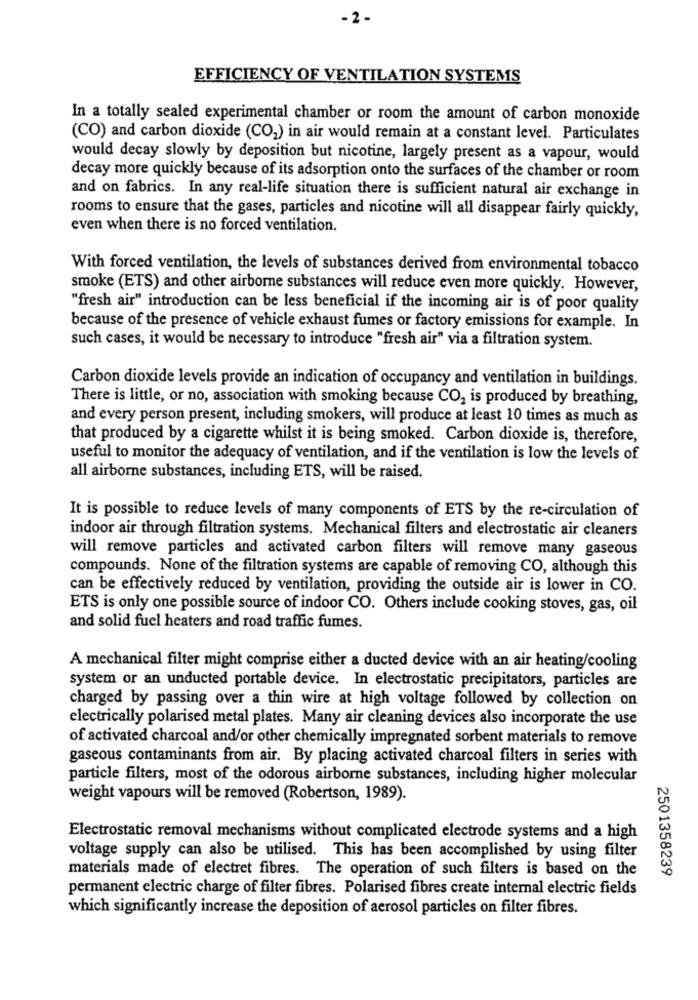
-2-
EFFICIENCY OF VENTILATION SYSTEMS
In a totally sealed experimental chamber or room the amount of carbon monoxide
(CO) and carbon dioxide (CO2) in air would remain at a constant level. Particulates
would decay slowly by deposition but nicotine, largely present as a vapour, would
decay more quickly because of its adsorption onto the surfaces of the chamber or room
and on fabrics. In any real-life situation there is sufficient natural air exchange in
rooms to ensure that the gases, particles and nicotine will all disappear fairly quickly,
even when there is no forced ventilation.
With forced ventilation, the levels of substances derived from environmental tobacco
smoke (ETS) and other airborne substances will reduce even more quickly. However,
"fresh air" introduction can be less beneficial if the incoming air is of poor quality
because of the presence of vehicle exhaust fumes or factory emissions for example. In
such cases, it would be necessary to introduce "fresh air" via a filtration system.
Carbon dioxide levels provide an indication of occupancy and ventilation in buildings.
There is little, or no, association with smoking because CO2 is produced by breathing,
and every person present, including smokers, will produce at least 10 times as much as
that produced by a cigarette whilst it is being smoked. Carbon dioxide is, therefore,
useful to monitor the adequacy of ventilation, and if the ventilation is low the levels of
all airborne substances, including ETS, will be raised.
It is possible to reduce levels of many components of ETS by the re-circulation of
indoor air through filtration systems. Mechanical filters and electrostatic air cleaners
will remove particles and activated carbon filters will remove many gaseous
compounds. None of the filtration systems are capable of removing CO, although this
can be effectively reduced by ventilation, providing the outside air is lower in CO.
ETS is only one possible source of indoor CO. Others include cooking stoves, gas, oil
and solid fuel heaters and road traffic fumes.
A mechanical filter might comprise either a ducted device with an air heating/cooling
system or an unducted portable device. In electrostatic precipitators, particles are
charged by passing over a thin wire at high voltage followed by collection on
electrically polarised metal plates. Many air cleaning devices also incorporate the use
of activated charcoal and/or other chemically impregnated sorbent materials to remove
gaseous contaminants from air. By placing activated charcoal filters in series with
particle filters, most of the odorous airborne substances, including higher molecular
weight vapours will be removed (Robertson, 1989).
Electrostatic removal mechanisms without complicated electrode systems and a high
voltage supply can also be utilised. This has been accomplished by using filter
materials made of electret fibres. The operation of such filters is based on the
2501358239
permanent electric charge of filter fibres. Polarised fibres create internal electric fields
which significantly increase the deposition of aerosol particles on filter fibres.